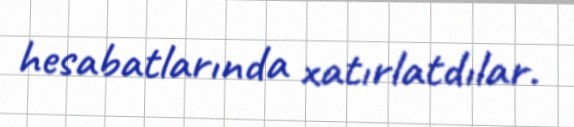
hesabatlarında xatırlatdılar.